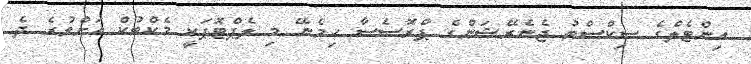
އިންޓެލްގެ ސިކްސްތު ޖެނެރޭޝަންގެ ޕްރޮސެސާ ހިމެނޭ މި ލެޕްޓޮޕަކީ މެކްބުކް އަށްވުރެ ދެ